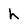
Character: h